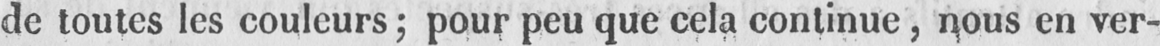
de toutes les couleurs; pour peu que cela continue, nous en ver-